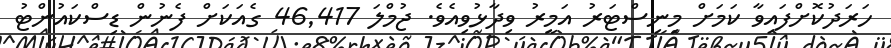
ހަރަދުކޮށްފައިވާ ކަމަށް މިނިސްޓަރު އަމީރު ވިދާޅުވިއެވެ. ޖުމްލަ 46